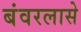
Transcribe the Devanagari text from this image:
बंवरलासे